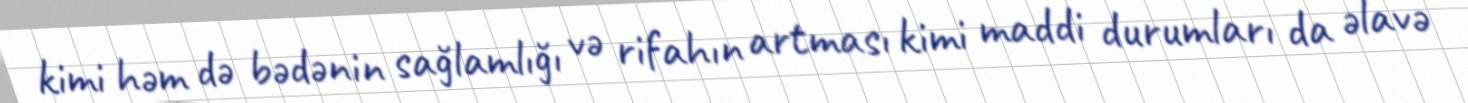
kimi həm də bədənin sağlamlığı və rifahın artması kimi maddi durumları da əlavə